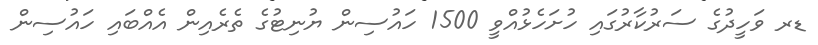
ޑރ ވަހީދުގެ ސަރުކާރުގައި ހުށަހެޅުއްވީ 1500 ހައުސިން ޔުނިޓުގެ ތެރެއިން އެއްބައި ހައުސިން